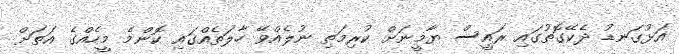
އަޅުގަނޑު ދެކޭގޮތުގައި ރައީސް ޔާމީނަށް ކުރިމަތި ނުލެއްވޭ ހާލަތެއްގައި ކޮންމެ މީހެއްގެ އަތަށް